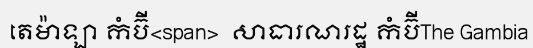
តេម៉ាឡា កំប៊ី<span>  សាធារណរដ្ឋ កំប៊ីThe Gambia